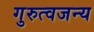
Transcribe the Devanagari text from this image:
गुरुत्वजन्य